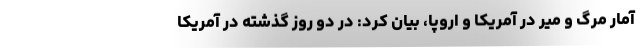
آمار مرگ و میر در آمریکا و اروپا، بیان کرد: در دو روز گذشته در آمریکا